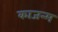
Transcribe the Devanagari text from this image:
काजन्‍म